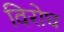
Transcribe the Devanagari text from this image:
विरोघ